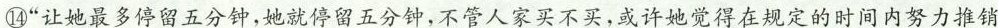
④”让她最多停留五分钟，她就停留五分钟，不管人家买不买，或许她觉得在规定的时间内努力推销